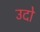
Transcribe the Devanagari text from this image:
उदो